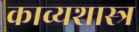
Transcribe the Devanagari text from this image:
काव्‍यशास्‍त्र